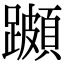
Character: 𨆵